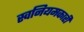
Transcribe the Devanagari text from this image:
स्वनियमकारी